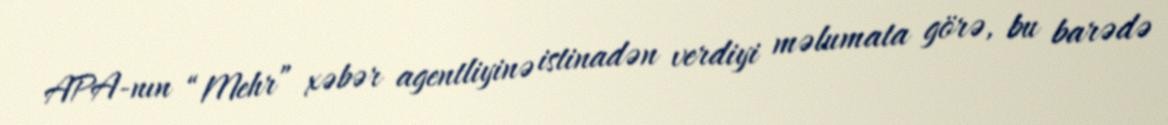
APA-nın “Mehr” xəbər agentliyinə istinadən verdiyi məlumata görə, bu barədə